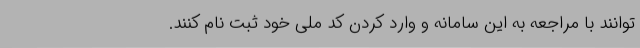
توانند با مراجعه به این سامانه و وارد کردن کد ملی خود ثبت نام کنند.